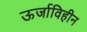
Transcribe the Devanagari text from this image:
ऊर्जाविहीन